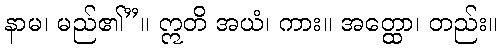
နာမ၊ မည်၏”။ ဣတိ အယံ၊ ကား။ အတ္ထော၊ တည်း။